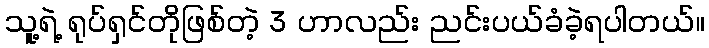
သူ့ရဲ့ ရုပ်ရှင်တိုဖြစ်တဲ့ 3 ဟာလည်း ညင်းပယ်ခံခဲ့ရပါတယ်။